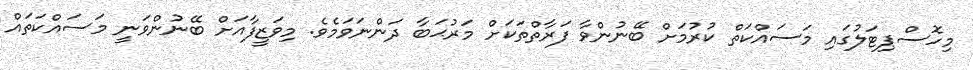
މިހޮސްޕިޓަލުގައި މަސައްކަތް ކުރުމަށް ބޭނުންވާ ފަރާތްތަކަށް މަރުޙަބާ ދަންނަވަމެވެ. މިވަޒީފާއަށް ބޭނުންވަނީ މަސައްކަތައް